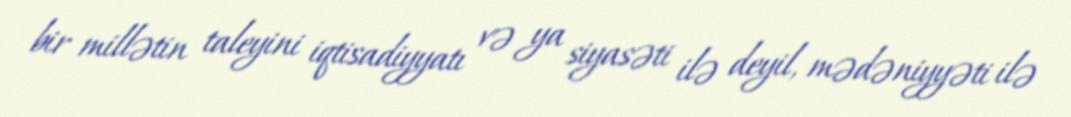
bir millətin taleyini iqtisadiyyatı və ya siyasəti ilə deyil, mədəniyyəti ilə